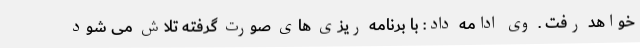
خواهد رفت . وی ادامه داد: با برنامه ریزی های صورت گرفته تلاش می شود